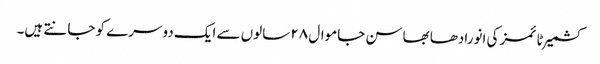
کشمیر ٹائمز کی انورادھا بھاسن جاموال ۲۸ سالوں سے ایک دوسرے کو جانتے ہیں۔